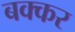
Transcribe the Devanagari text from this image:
बक्कर